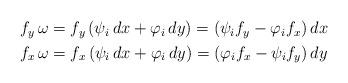
LaTeX: \begin{align*}\begin{aligned}f_{y} \, \omega &= f_{y} \left( \psi_i \, dx + \varphi_i \, dy \right) = ( \psi_i f_{y} - \varphi_i f_{x} ) \, dx \\f_{x} \, \omega &= f_{x} \left( \psi_i \, dx + \varphi_i \, dy \right) = ( \varphi_i f_{x} - \psi_i f_{y}) \, dy\end{aligned}\end{align*}